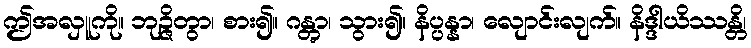
ဤအလှူကို။ ဘုဉ္ဇိတွာ၊ စား၍။ ဂန္တွာ၊ သွား၍။ နိပ္ပန္နာ၊ လျောင်းလျက်။ နိဒ္ဒါယိဿန္တိ၊